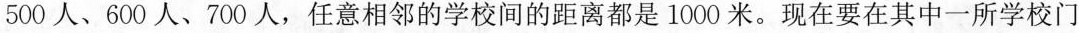
500人、600人、700人，任意相邻的学校间的距离都是1000米。现在要在其中一所学校门